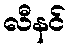
လီနင်